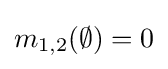
m_{1,2}(\emptyset )=0